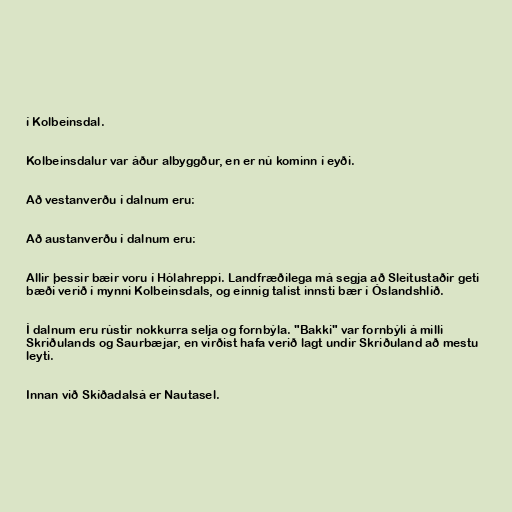
í Kolbeinsdal.

Kolbeinsdalur var áður albyggður, en er nú kominn í eyði.

Að vestanverðu í dalnum eru:

Að austanverðu í dalnum eru:

Allir þessir bæir voru í Hólahreppi. Landfræðilega má segja að Sleitustaðir geti
bæði verið í mynni Kolbeinsdals, og einnig talist innsti bær í Óslandshlíð.

Í dalnum eru rústir nokkurra selja og fornbýla. "Bakki" var fornbýli á milli
Skriðulands og Saurbæjar, en virðist hafa verið lagt undir Skriðuland að mestu
leyti.

Innan við Skíðadalsá er Nautasel.